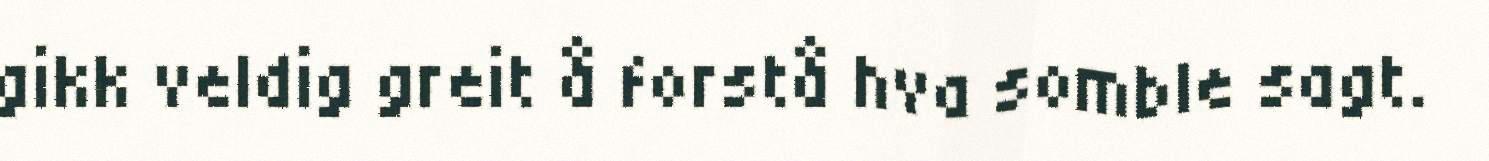
gikk veldig greit å forstå hva somble sagt.